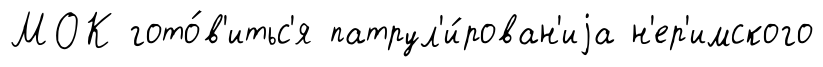
МОК гото́в'итьс'я патрул'и́рован'иjа н'ер'имского